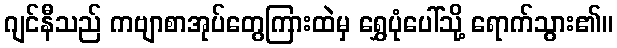
ဂျင်နီသည် ကဗျာစာအုပ်တွေကြားထဲမှ ရွှေပုံပေါ်သို့ ရောက်သွား၏။